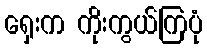
ရှေးက ကိုးကွယ်ကြပုံ